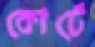
কোর্টে